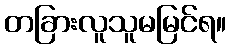
တခြားလူသူမမြင်ရ။